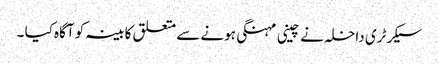
سیکرٹری داخلہ نے چینی مہنگی ہونے سے متعلق کابینہ کو آگاہ کیا ۔